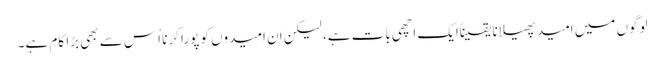
لوگوں میں امید پھیلانا یقیناًایک اچھی بات ہے، لیکن ان امیدوں کو پورا کرنا اُس سے بھی بڑا کام ہے۔